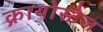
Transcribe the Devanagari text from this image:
क्रायोस्टेज